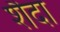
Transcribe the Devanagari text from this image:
शैदा